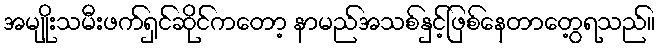
အမျိုးသမီးဖက်ရှင်ဆိုင်ကတော့ နာမည်အသစ်နှင့်ဖြစ်နေတာတွေ့ရသည်။